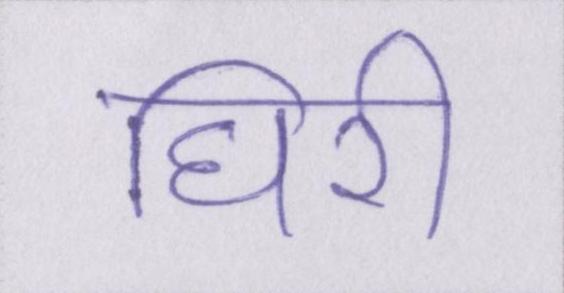
घिरी